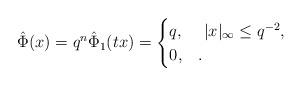
LaTeX: \begin{align*}\hat \Phi(x) = q^n \hat \Phi_1(tx)= \begin{cases}q, & \ |x|_\infty \leq q^{-2}, \\0, & .\end{cases}\end{align*}